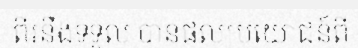
ពីរនឹងទទួល បានផលប្រយោជន៍ពី